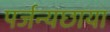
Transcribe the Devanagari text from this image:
पर्जन्यछाया